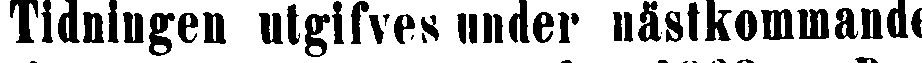
Tidningen utgifves under nästkommande